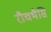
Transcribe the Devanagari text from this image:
रौचभैसि